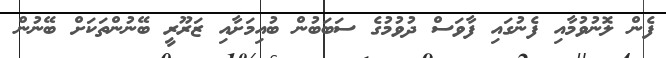
ފެން ލޮނުވުމާއި ފެނުގައި ފާވަސް ދުވުމުގެ ސަބަބުން ބުއިމަށާއި ޒަރޫރީ ބޭނުންތަކަށް ބޭނުން